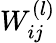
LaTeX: W_{ij}^{(l)}